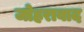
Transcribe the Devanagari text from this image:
जोहराबाद